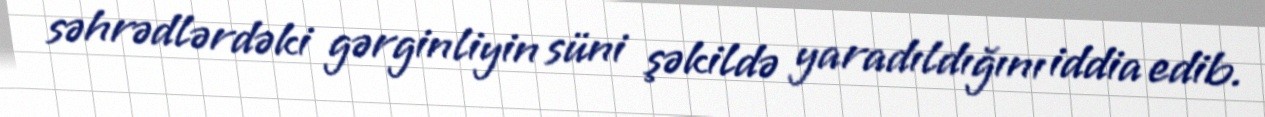
səhrədlərdəki gərginliyin süni şəkildə yaradıldığını iddia edib.